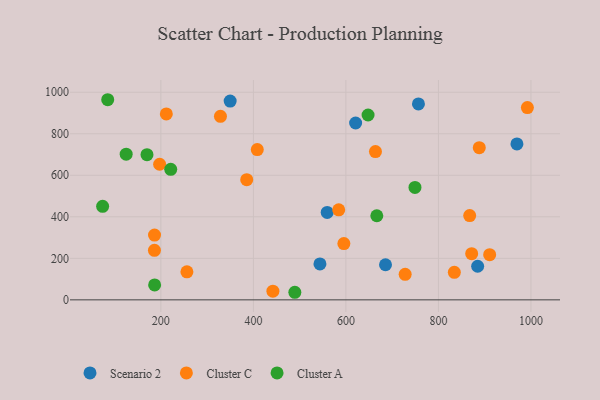
{"axis": {"x": "Investment", "y": "Demand"}, "legend": ["Cluster A", "Cluster C", "Scenario 2"], "data": [{"x": "884.8", "y": 161.8, "type": "Scenario 2"}, {"x": "969.7", "y": 751.3, "type": "Scenario 2"}, {"x": "621.0", "y": 852.0, "type": "Scenario 2"}, {"x": "559.6", "y": 421.0, "type": "Scenario 2"}, {"x": "685.6", "y": 169.2, "type": "Scenario 2"}, {"x": "756.8", "y": 943.7, "type": "Scenario 2"}, {"x": "543.9", "y": 173.3, "type": "Scenario 2"}, {"x": "349.8", "y": 957.3, "type": "Scenario 2"}, {"x": "834.4", "y": 132.7, "type": "Cluster C"}, {"x": "256.3", "y": 134.9, "type": "Cluster C"}, {"x": "408.4", "y": 723.7, "type": "Cluster C"}, {"x": "211.8", "y": 895.8, "type": "Cluster C"}, {"x": "186.3", "y": 311.8, "type": "Cluster C"}, {"x": "910.8", "y": 217.6, "type": "Cluster C"}, {"x": "888.3", "y": 733.0, "type": "Cluster C"}, {"x": "385.6", "y": 579.1, "type": "Cluster C"}, {"x": "186.1", "y": 238.7, "type": "Cluster C"}, {"x": "867.6", "y": 405.8, "type": "Cluster C"}, {"x": "992.3", "y": 926.3, "type": "Cluster C"}, {"x": "584.5", "y": 433.7, "type": "Cluster C"}, {"x": "328.8", "y": 884.1, "type": "Cluster C"}, {"x": "442.2", "y": 42.0, "type": "Cluster C"}, {"x": "871.9", "y": 222.4, "type": "Cluster C"}, {"x": "728.1", "y": 123.1, "type": "Cluster C"}, {"x": "595.6", "y": 271.1, "type": "Cluster C"}, {"x": "197.3", "y": 653.2, "type": "Cluster C"}, {"x": "663.9", "y": 714.1, "type": "Cluster C"}, {"x": "221.3", "y": 628.6, "type": "Cluster A"}, {"x": "489.6", "y": 36.5, "type": "Cluster A"}, {"x": "647.9", "y": 890.4, "type": "Cluster A"}, {"x": "749.3", "y": 541.4, "type": "Cluster A"}, {"x": "186.5", "y": 71.8, "type": "Cluster A"}, {"x": "666.8", "y": 405.1, "type": "Cluster A"}, {"x": "125.0", "y": 701.9, "type": "Cluster A"}, {"x": "170.0", "y": 699.3, "type": "Cluster A"}, {"x": "74.1", "y": 450.4, "type": "Cluster A"}, {"x": "85.1", "y": 964.0, "type": "Cluster A"}]}